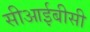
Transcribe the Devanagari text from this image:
सीआईबीसी